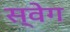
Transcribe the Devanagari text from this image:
स्वेग